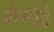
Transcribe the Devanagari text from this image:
शेर्नाई